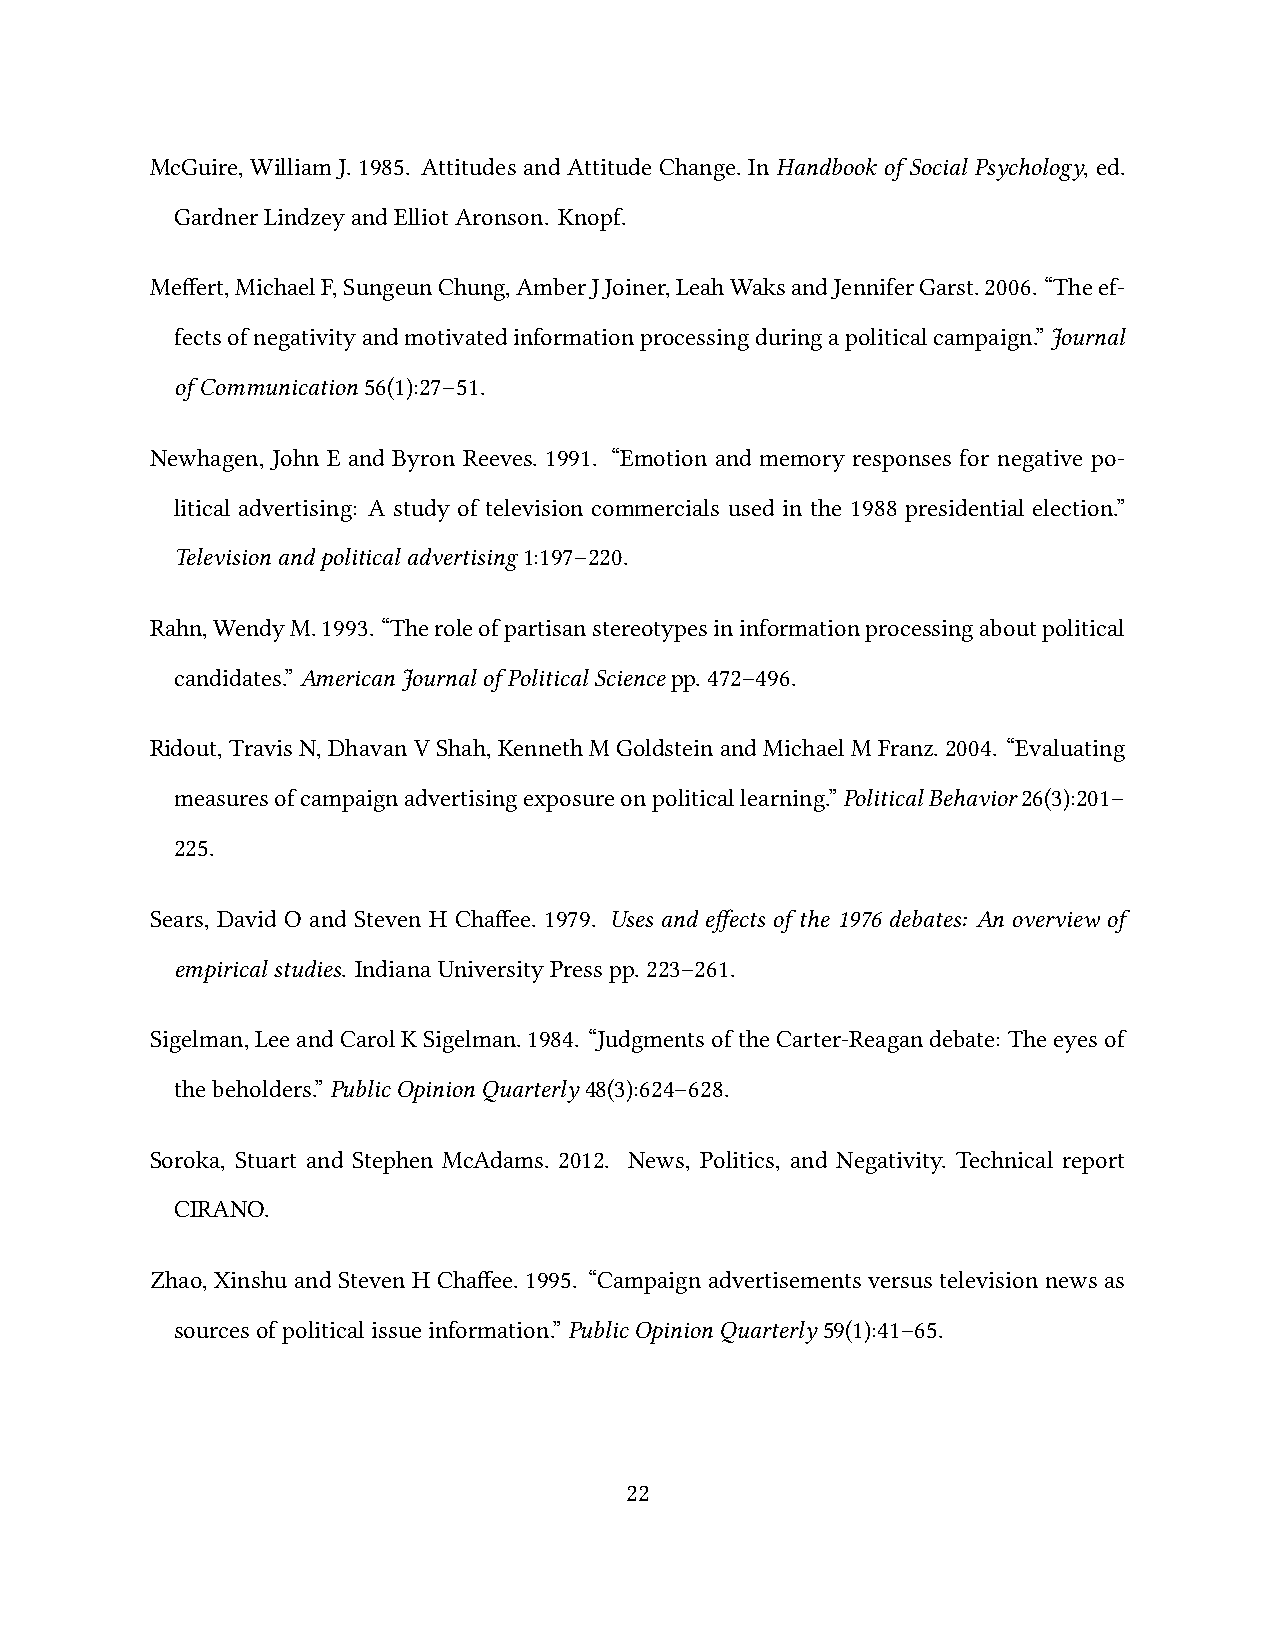
McGuire, William J. 1985. Attitudes and Attitude Change. In Handbook of Social Psychology, ed.
 GardnerLindzeyandElliotAronson. Knopf.
 Meffert,MichaelF,SungeunChung,AmberJJoiner,LeahWaksandJenniferGarst.2006. “Theef-
 fectsofnegativityandmotivatedinformationprocessingduringapoliticalcampaign.”Journal
 ofCommunication56(1):27–51.
 Newhagen, John E and Byron Reeves. 1991. “Emotion and memory responses for negative po-
 litical advertising: A study of television commercials used in the 1988 presidential election.”
 Televisionandpoliticaladvertising1:197–220.
 Rahn,WendyM.1993. “Theroleofpartisanstereotypesininformationprocessingaboutpolitical
 candidates.”AmericanJournalofPoliticalSciencepp.472–496.
 Ridout,TravisN,DhavanVShah,KennethMGoldsteinandMichaelMFranz.2004. “Evaluating
 measuresofcampaignadvertisingexposureonpoliticallearning.”PoliticalBehavior26(3):201–
 225.
 Sears, David O and Steven H Chaffee. 1979. Uses and effects of the 1976 debates: An overview of
 empiricalstudies. IndianaUniversityPresspp.223–261.
 Sigelman,LeeandCarolKSigelman.1984. “JudgmentsoftheCarter-Reagandebate: Theeyesof
 thebeholders.”PublicOpinionQuarterly48(3):624–628.
 Soroka, Stuart and Stephen McAdams. 2012. News, Politics, and Negativity. Technical report
 CIRANO.
 Zhao, Xinshu and Steven H Chaffee. 1995. “Campaign advertisements versus television news as
 sourcesofpoliticalissueinformation.”PublicOpinionQuarterly59(1):41–65.
 22